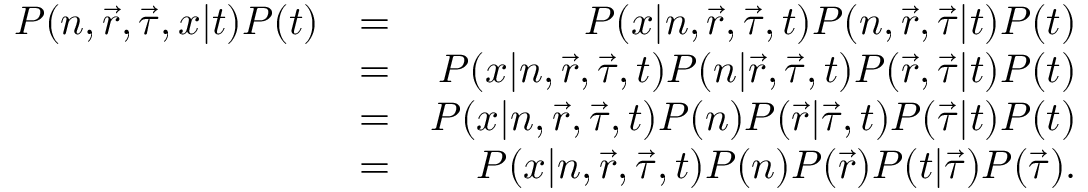
\begin{array} { r l r } { P ( n , \vec { r } , \vec { \tau } , x | t ) P ( t ) } & { = } & { P ( x | n , \vec { r } , \vec { \tau } , t ) P ( n , \vec { r } , \vec { \tau } | t ) P ( t ) } \\ & { = } & { P ( x | n , \vec { r } , \vec { \tau } , t ) P ( n | \vec { r } , \vec { \tau } , t ) P ( \vec { r } , \vec { \tau } | t ) P ( t ) } \\ & { = } & { P ( x | n , \vec { r } , \vec { \tau } , t ) P ( n ) P ( \vec { r } | \vec { \tau } , t ) P ( \vec { \tau } | t ) P ( t ) } \\ & { = } & { P ( x | n , \vec { r } , \vec { \tau } , t ) P ( n ) P ( \vec { r } ) P ( t | \vec { \tau } ) P ( \vec { \tau } ) . } \end{array}